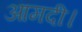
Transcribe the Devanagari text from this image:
आमदी।